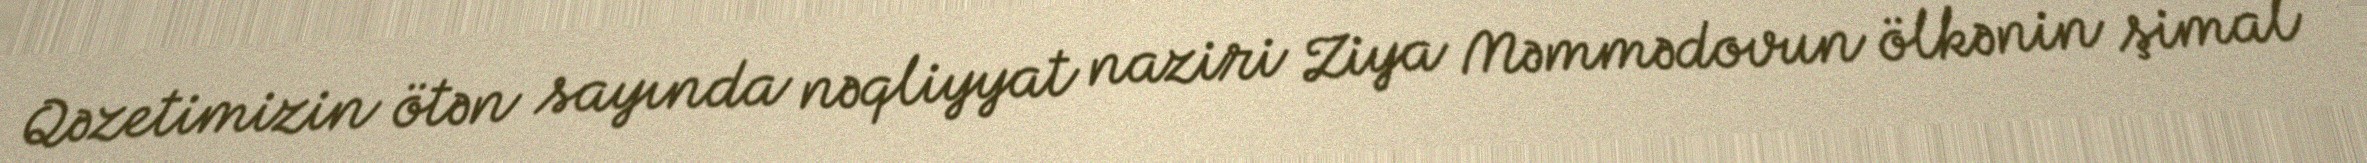
Qəzetimizin ötən sayında nəqliyyat naziri Ziya Məmmədovun ölkənin şimal